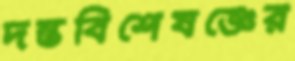
দন্তবিশেষজ্ঞের